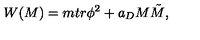
W ( M ) = m t r \phi ^ { 2 } + a _ { D } M \tilde { M } ,